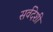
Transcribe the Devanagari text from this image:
सर्वदेशी